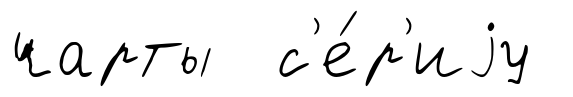
чарты с'е́р'иjу